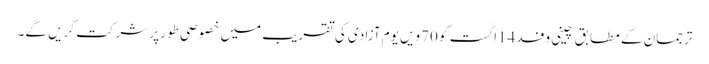
ترجمان کے مطابق چینی وفد 14اگست کو 70ویں یوم آزادی کی تقریب میں خصوصی طور پر شرکت کریں گے۔